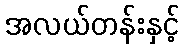
အလယ်တန်းနှင့်